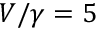
V / \gamma = 5